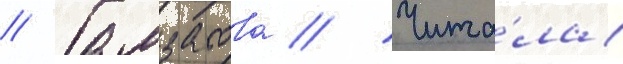
// Гамзатова // Чита́ла